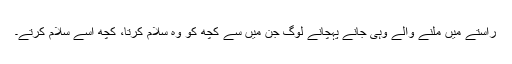
راستے میں ملنے والے وہی جانے پہچانے لوگ جن میں سے کچھ کو وہ سلام کرتا، کچھ اسے سلام کرتے۔